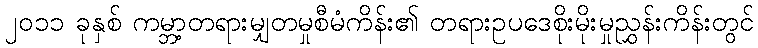
၂၀၁၁ ခုနှစ် ကမ္ဘာ့တရားမျှတမှုစီမံကိန်း၏ တရားဥပဒေစိုးမိုးမှုညွှန်းကိန်းတွင်